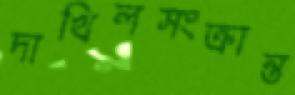
দাখিলসংক্রান্ত